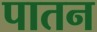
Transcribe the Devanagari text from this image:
पातन